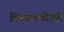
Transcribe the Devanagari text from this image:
थिरुकलान्रीजेरी